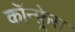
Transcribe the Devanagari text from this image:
कॉन्फ़्रेस